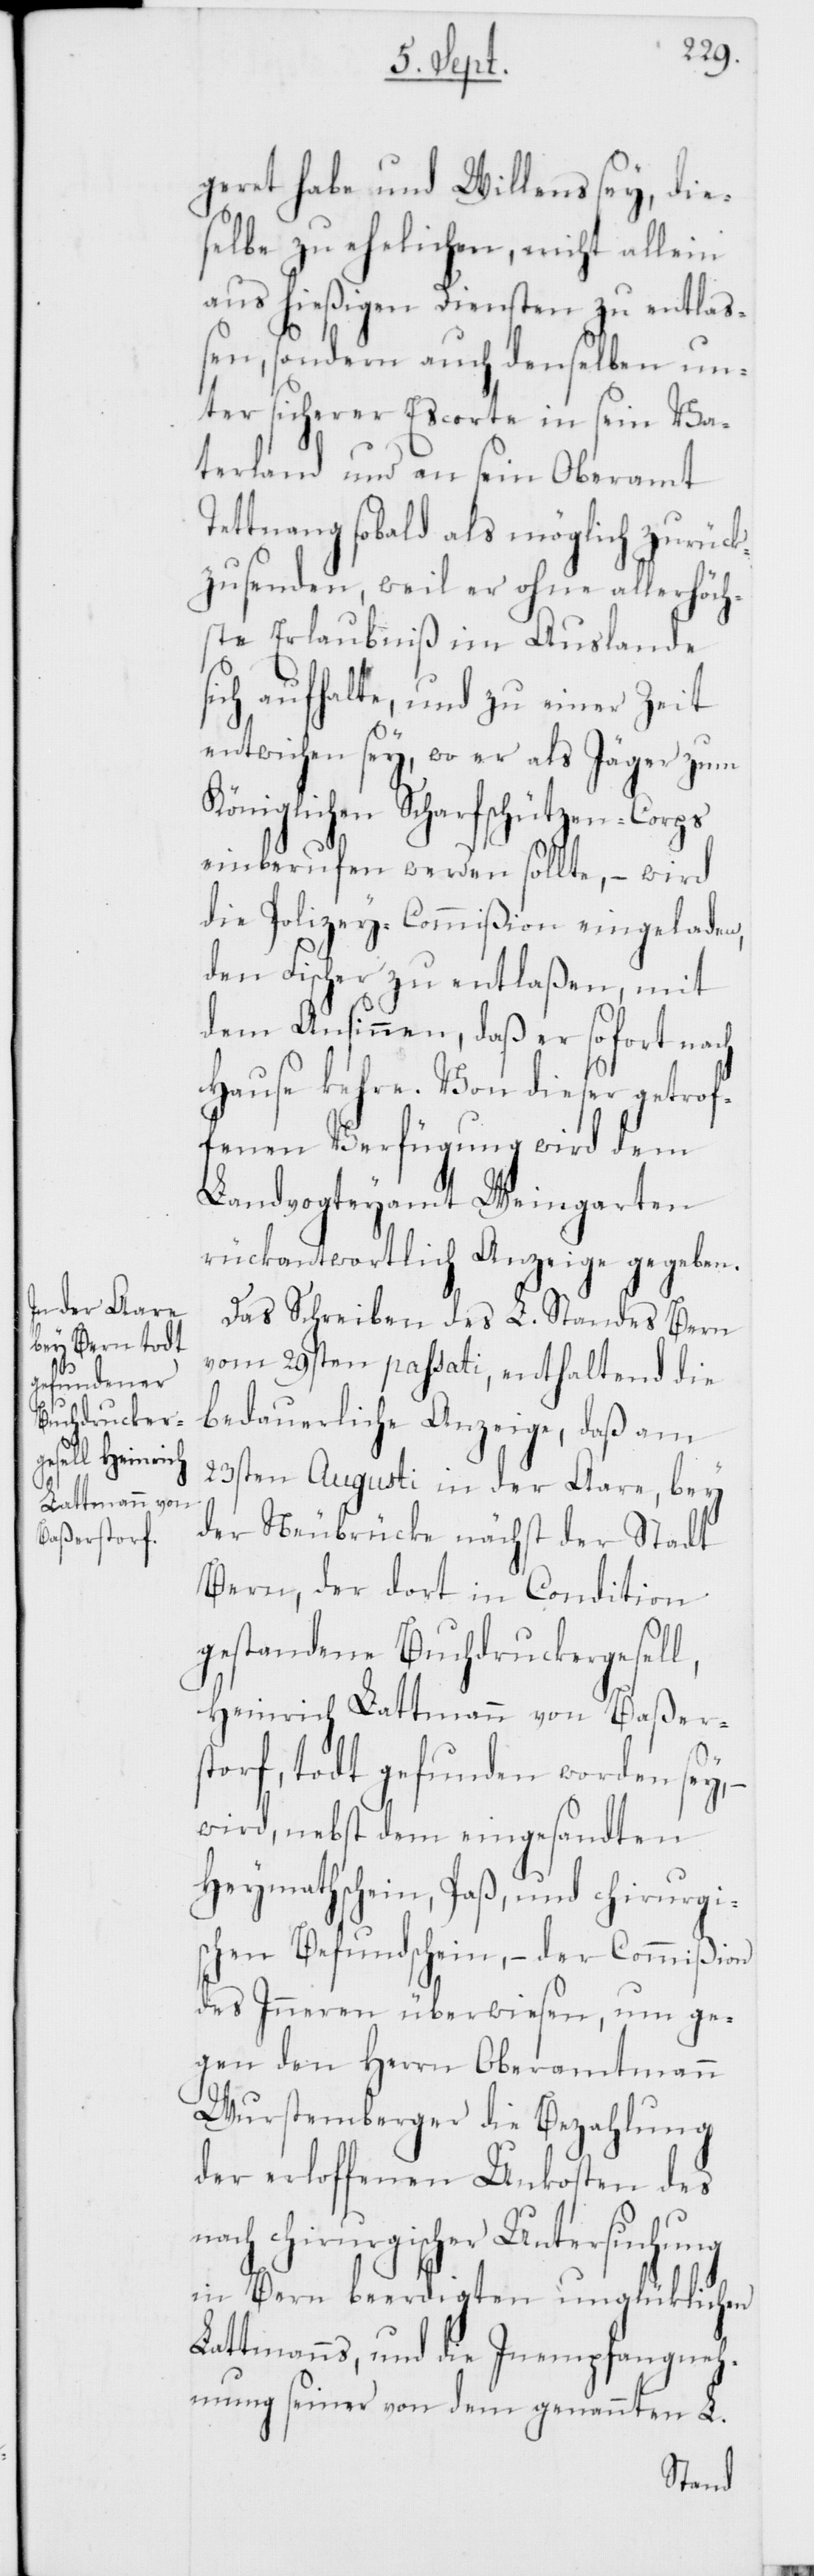
dieser getrof¬

geret habe und Willens sey, die¬
selbe zu ehelichen, nicht allein
aus hießigen Diensten zu entla¬
ßen, sondern auch denselben un¬
ter sicherer Escorte in sein Va¬
terland und an sein Oberamt
Tettnang sobald als möglich zurück¬
zusenden, weil er ohne allerhöch¬
ste Erlaubniß im Auslande
sich aufhalte, und zu einer Zeit
entwichen sey, wo er als Jäger zum
Königlichen Scharfschützen-Corps
einberufen werden sollte, – wird
die Polizey-Commißion eingeladen,
den Fischer zu entlaßen, mit
dem Ansinnen, daß er sofort nach
fenen Verfügung wird dem
Landvogteyamt Weingarten
rückantwortlich Anzeige gegeben.
Das Schreiben des L. Standes Bern
vom 29sten passati, enthaltend die
bedauerliche Anzeige, daß am
23sten Augusti in der Aare, bey
der Neubrücke nächst der Stadt
Bern, der dort in Condition
gestandene Buchdruckergesell,
Heinrich Lattmann von Baßers¬
dorf, todt gefunden worden sey,
wird, nebst dem eingesandten
Heymathschein, Paß, und chirurgis¬
chen Befundschein, – der Commißion
des Inneren überwiesen, um ge¬
gen den Herrn Oberamtmann
Wurstemberger die Bezahlung
der erloffenen Unkosten des
nach chirugischer Untersuchung
in Bern beerdigten unglücklichen
Lattmanns, und die Inempfangneh¬
mung seiner von dem genannten L.